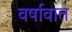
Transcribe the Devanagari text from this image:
वर्षावात